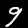
Digit: 9